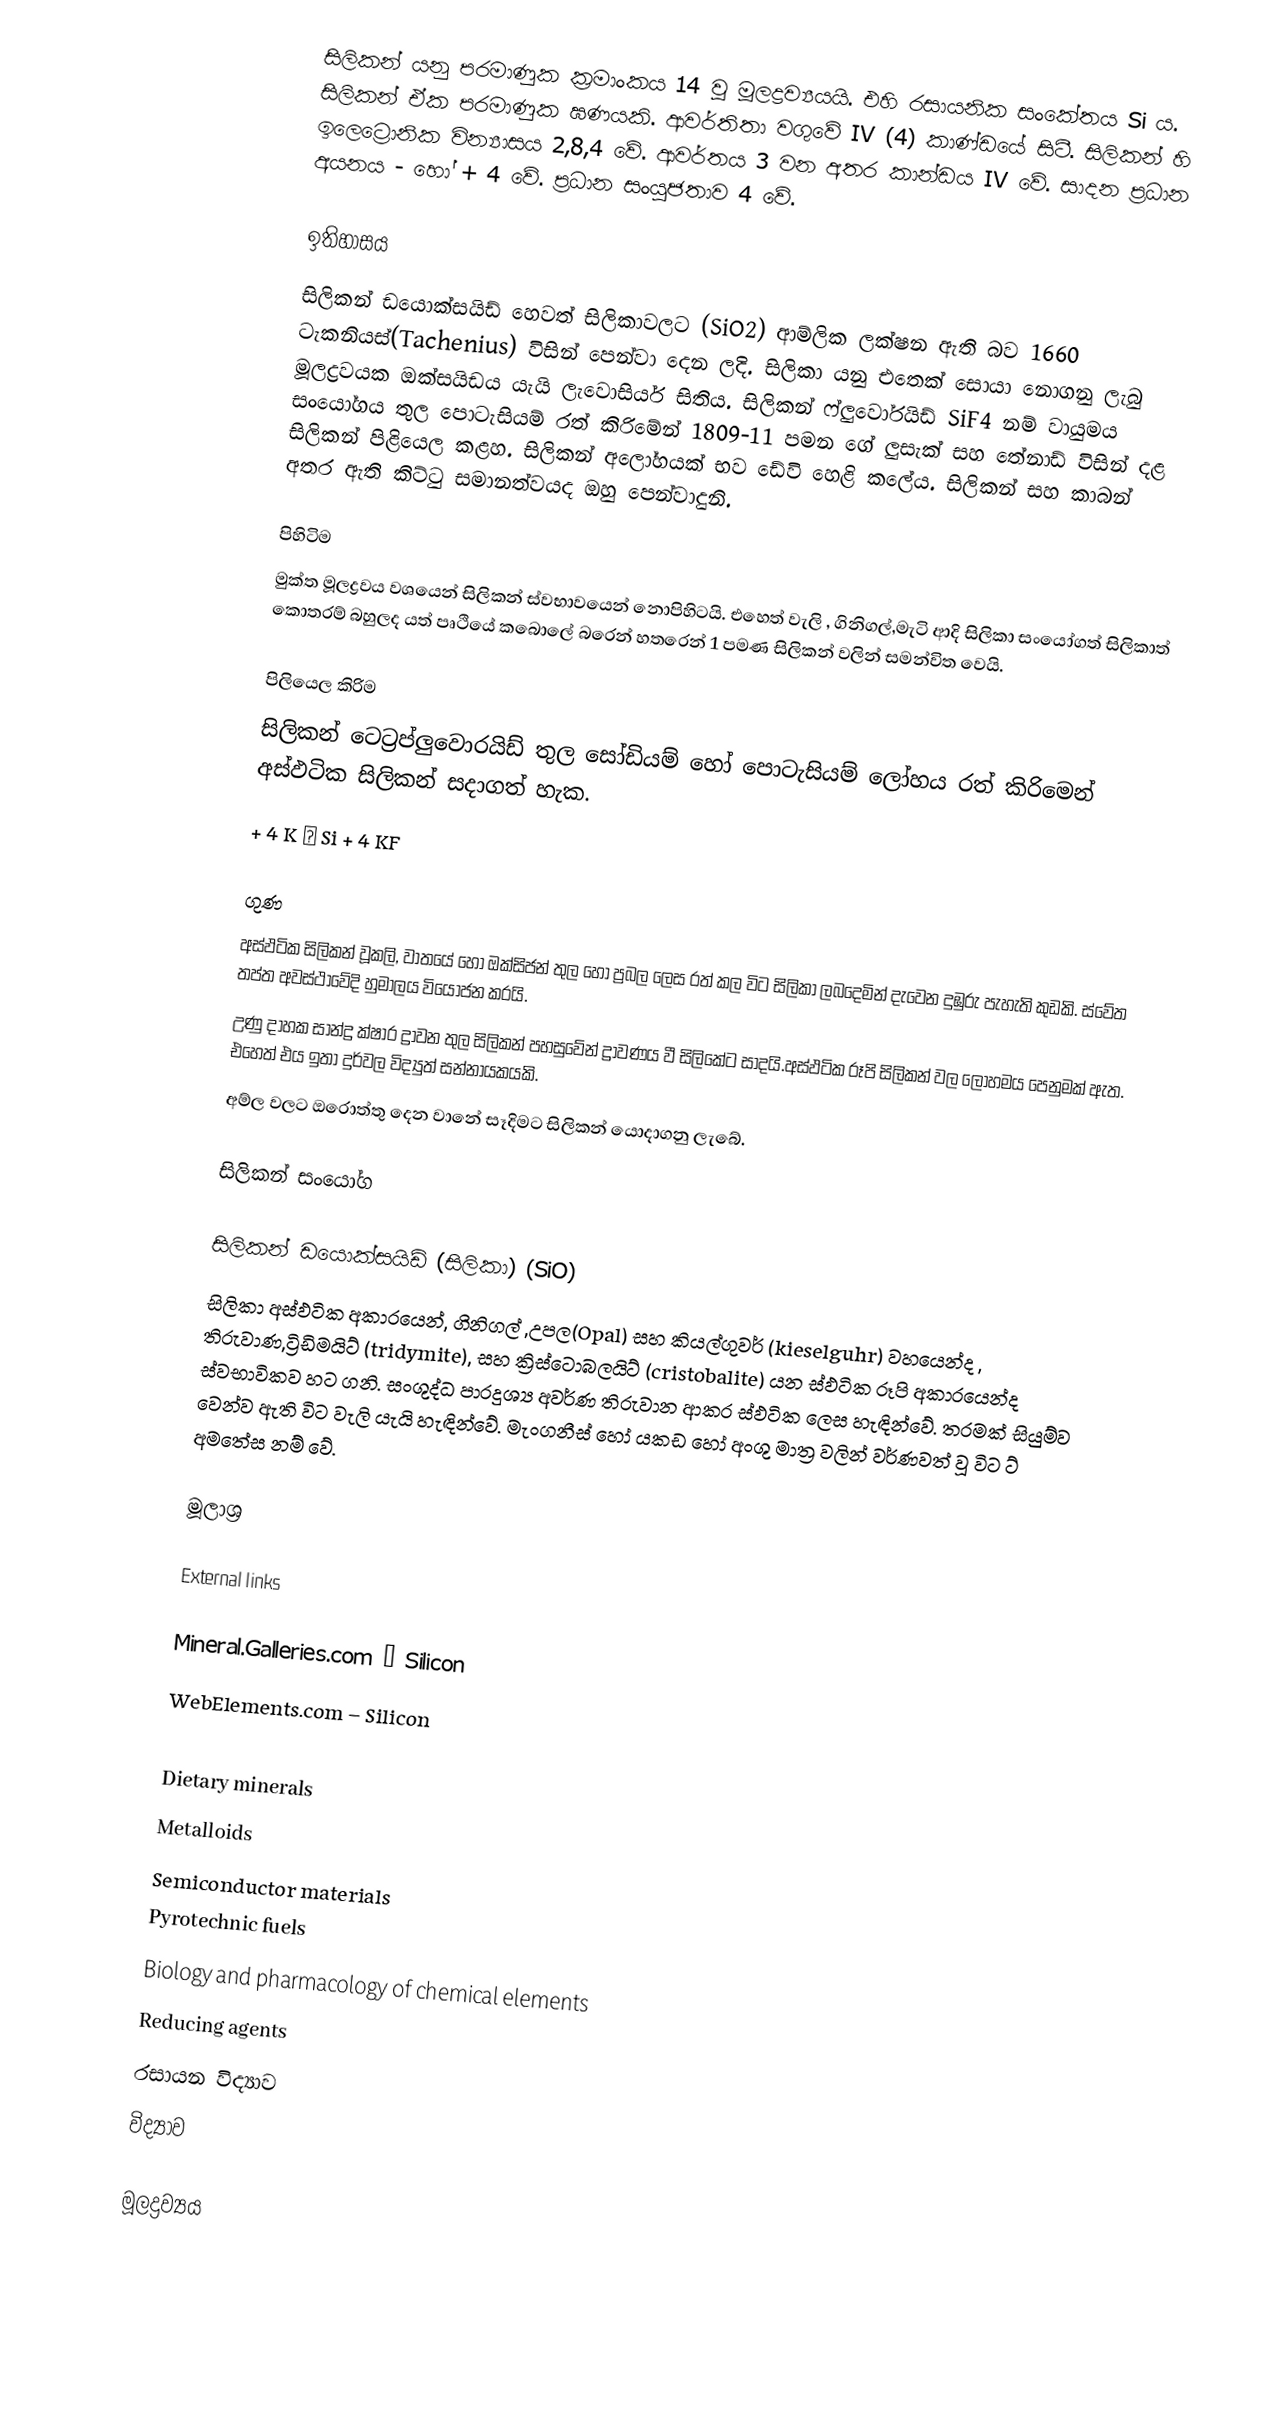
සිලිකන් යනු පරමාණුක ක්‍රමාංකය 14 වූ මූලද්‍රව්‍යයයි. එහි රසායනික සංකේතය Si ය. සිලිකන් ඒක පරමාණුක ඝණයකි. ආවර්තිතා වගුවේ IV (4) කාණ්‍ඩයේ සිටී. සිලිකන් හි ඉලෙට්‍රොනික වින්‍යාසය 2,8,4 වේ. ආවර්තය 3 වන අතර කාන්ඩය IV වේ. සාදන ප්‍රධාන අයනය - හෝ + 4 වේ. ප්‍රධාන සංයුජතාව 4 වේ.

ඉතිහාසය
සිලිකන් ඩයොක්සයිඩ් හෙවත් සිලිකාවලට (SiO2)  ආම්ලික ලක්ෂන ඇති බව 1660 ටැකනියස්(Tachenius) විසින් පෙන්වා දෙන ලදි. සිලිකා යනු  එතෙක් සොයා නොගනු ලැබු  මූලද්‍රවයක ඔක්සයිඩය යැයි  ලැවොසියර් සිතිය. සිලිකන් ෆ්ලුවෝරයිඩ් SiF4 නම් වායුමය සංයෝගය  තුල පොටැසියම් රත් කිරිමේන් 1809-11 පමන ගේ ලුසැක් සහ තේනාඩ් විසින් දළ සිලිකන් පිළියෙල  කළහ. සිලිකන් අලෝහයක් භව ඩේවි හෙළි කලේය. සිලිකන් සහ කාබන් අතර ඇති කිට්ටු සමානත්වයද ඔහු පෙන්වාදුනි.

පිහිටිම
මුක්ත මූලද්‍රවය වශයෙන් සිලිකන් ස්වභාවයෙන් නොපිහිටයි. එහෙත්  වැලි , ගිනිගල්,මැටි  ආදි සිලිකා සංයෝගත් සිලිකාත් කොතරම් බහුලද යත් පෘථියේ කබොලේ  බරෙන් හතරෙන් 1 පමණ සිලිකන් වලින් සමන්විත වෙයි.

පිලියෙල කිරිම
සිලිකන් ටෙට්‍රප්ලුවොරයිඩ්  තුල සෝඩියම් හෝ  පොටැසියම් ලෝහය රත් කිරිමෙන්  අස්ඵටික  සිලිකන් සදාගත් හැක.
 + 4 K →  Si + 4 KF

ගුණ
අස්ඵටික සිලිකන් වූකලි, වාතයේ  හෝ ඔක්සිජන් තුල හෝ ප්‍රබල ලෙස රත් කල විට සිලිකා ලබදෙමින් දැවෙන දුඹුරු පැහැති කුඩකි. ස්වේත තප්ත අවස්ථාවේදි  හුමාලය වියෝජන කරයි.
උණු දාහක සාන්ද්‍ර ක්ෂාර ද්‍රාවන තුල  සිලිකන් පහසුවේන් ද්‍රාවණය වී සිලිකේට සාදයි.අස්ඵටික රූපි සිලිකන් වල  ලෝහමය පෙනුමක් ඇත.  එහෙත් එය ඉතා දුර්වල විද්‍යුත් සන්නායකයකි.
අම්ල වලට ඔරොත්තු දෙන වානේ සෑදිමට සිලිකන්  යොදාගනු ලැබේ.

සිලිකන් සංයෝග

සිලිකන් ඩයොක්සයිඩ් (සිලිකා) (SiO)
සිලිකා අස්ඵටික අකාරයෙන්, ගිනිගල් ,උපල(Opal)  සහ කියල්ගුවර් (kieselguhr) වහයෙන්ද ,  තිරුවාණ,ට්‍රිඩිමයිට් (tridymite), සහ ක්‍රිස්ටොබලයිට් (cristobalite) යන ස්ඵටික රූපි අකාරයෙන්ද ස්වභාවිකව හට ගනි. සංශුද්ධ පාරදුශ්‍ය අවර්ණ තිරුවාන ආකර ස්ඵටික ලෙස හැඳින්වේ. තරමක් සියුම්ව වෙන්ව ඇති විට වැලි යැ‍යි හැඳින්වේ. මැංගනීස් හෝ යකඩ හෝ අංශු මාත්‍ර වලින් වර්ණවත් වූ විට  ට් අමතේස නම් වේ.

මූලාශ්‍ර

External links

 Mineral.Galleries.com – Silicon
 WebElements.com – Silicon

Dietary minerals
Metalloids
Semiconductor materials
Pyrotechnic fuels
Biology and pharmacology of chemical elements
Reducing agents
රසායන විද්‍යාව
විද්‍යාව

මූලද්‍රව්‍යය